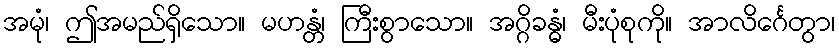
အမုံ၊ ဤအမည်ရှိသော။ မဟန္တံ၊ ကြီးစွာသော။ အဂ္ဂိခန္ဓံ၊ မီးပုံစုကို။ အာလိင်္ဂေတွာ၊